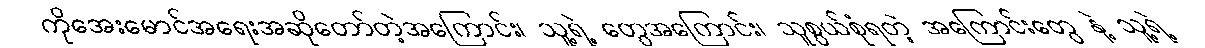
ကိုအေးမောင်အရေးအဆိုတော်တဲ့အကြောင်း၊ သူ့ရဲ့ တွေအကြောင်း၊ သူစွယ်စုံရတဲ့ အကြောင်းတွေ နဲ့ သူ့ရဲ့